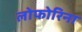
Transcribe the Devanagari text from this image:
लोफोरिना